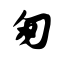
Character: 匆